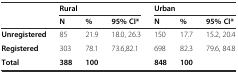
<table><thead><tr><td></td><td colspan="3"><b>Rural</b></td><td colspan="3"><b>Urban</b></td></tr><tr><td></td><td><b>N</b></td><td><b>%</b></td><td><b>95% CI*</b></td><td><b>N</b></td><td><b>%</b></td><td><b>95% CI*</b></td></tr></thead><tbody><tr><td><b>Unregistered</b></td><td>85</td><td>21.9</td><td>18.0, 26.3</td><td>150</td><td>17.7</td><td>15.2, 20.4</td></tr><tr><td><b>Registered</b></td><td>303</td><td>78.1</td><td>73.6,82.1</td><td>698</td><td>82.3</td><td>79.6, 84.8</td></tr><tr><td><b>Total</b></td><td><b>388</b></td><td><b>100</b></td><td></td><td><b>848</b></td><td><b>100</b></td><td></td></tr></tbody></table>